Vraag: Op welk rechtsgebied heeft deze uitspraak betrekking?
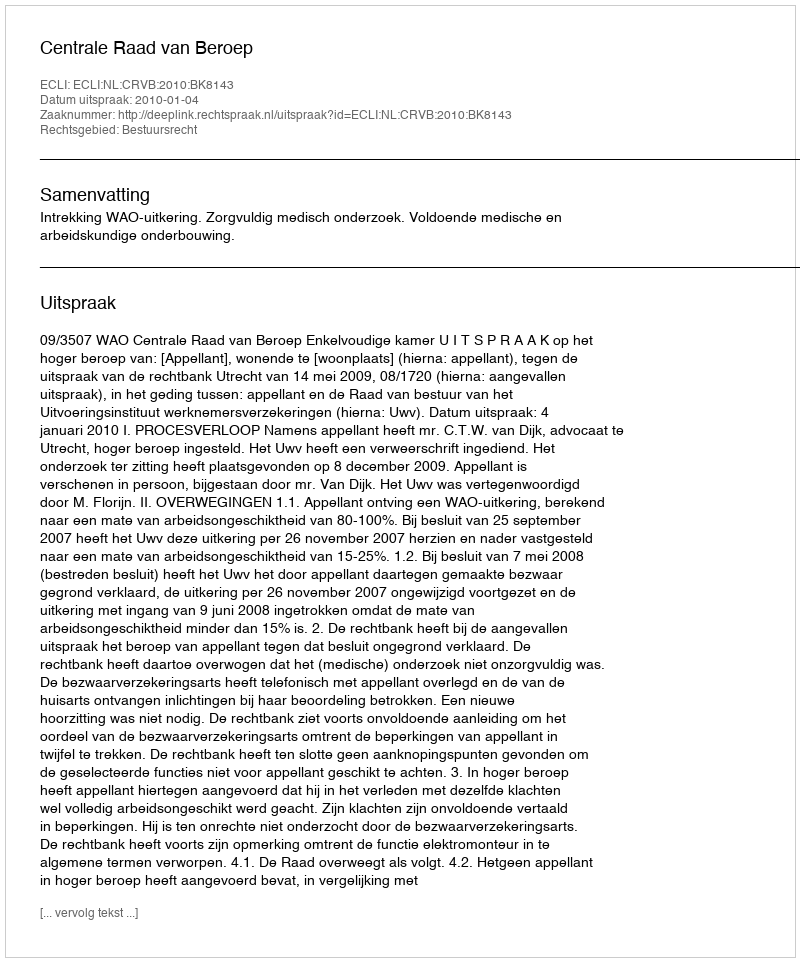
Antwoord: Bestuursrecht